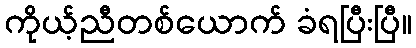
ကိုယ့်ညီတစ်ယောက် ခံရပြီးပြီ။